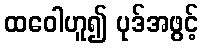
ထဝေါဟူ၍ ပုဒ်အဖွင့်